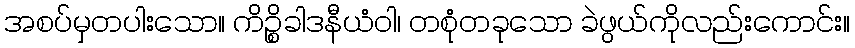
အစပ်မှတပါးသော။ ကိဉ္စိခါဒနီယံဝါ၊ တစုံတခုသော ခဲဖွယ်ကိုလည်းကောင်း။